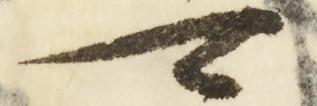
可